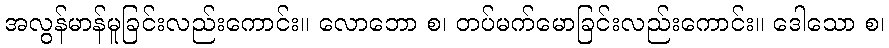
အလွန်မာန်မူခြင်းလည်းကောင်း။ လောဘော စ၊ တပ်မက်မောခြင်းလည်းကောင်း။ ဒေါသော စ၊